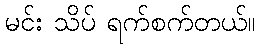
မင်း သိပ် ရက်စက်တယ်။